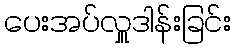
ပေးအပ်လှူဒါန်းခြင်း